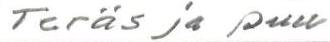
Teräs ja puu